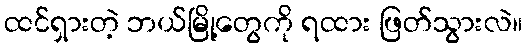
ထင်ရှားတဲ့ ဘယ်မြို့တွေကို ရထား ဖြတ်သွားလဲ။